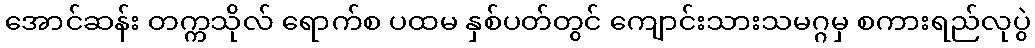
အောင်ဆန်း တက္ကသိုလ် ရောက်စ ပထမ နှစ်ပတ်တွင် ကျောင်းသားသမဂ္ဂမှ စကားရည်လုပွဲ